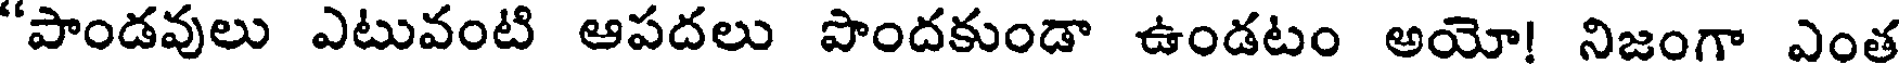
"పాండవులు ఎటువంటి ఆపదలు పొందకుండా ఉండటం అయో! నిజంగా ఎంత